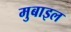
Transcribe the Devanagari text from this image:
मुबाइल